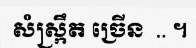
សំស្ក្រឹត ច្រើន  .. ។